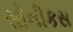
સોનીકસ